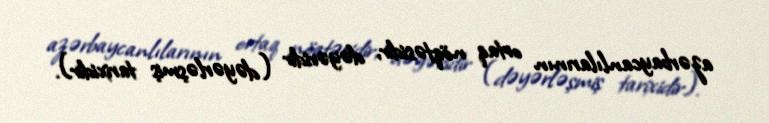
azərbaycanlılarının ortaq nöqtəsidir, dəyəridir (dəyərləşmiş tarixidir).